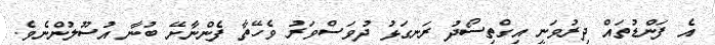
އެ ފަންޑުތައް ދިރުވަނީ އިގްތިސޯދު ރަނގަޅު ދުވަސްވަރު ވެހޭތާ ފެންނާށޭ ބުނާ އުސޫލުންނެވެ.